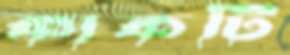
কাকটি